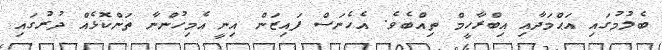
ބެލުމުގައި އަޙްމަދާއި އިބްރާހީމް ތިއްބެވެ. އެހެނަސް ފައިޒަން އިނީ އެމިހުންނާ ތަންކޮޅެއް ދުރުގައި